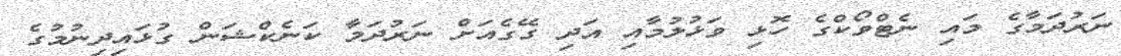
ނަރުދަމާގެ މައި ނެޓްވޯކްގެ ހޮޅި ވަޅުލުމާއި އަދި ގޭގެއަށް ނަރުދަމާ ކަނެކްޝަން ގުޅައިދިނުމުގެ